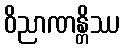
ဝိညာဏန္တိဿ